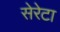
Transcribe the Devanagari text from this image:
सेरेटा